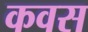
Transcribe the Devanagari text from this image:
कवस